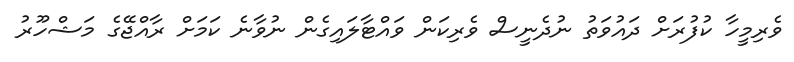
ވެރިމީހާ ކުފުރަށް ދައުވަތު ނުދެނީސް ވެރިކަން ވައްޓާލައިގެން ނުވާނެ ކަމަށް ރާއްޖޭގެ މަޝްހޫރު